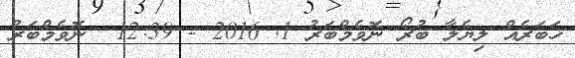
ޚަބަރެއް ލިޔެލާ ބުރޯ ނޮވެމްބަރު 1